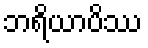
ဘရိယာပိဿ